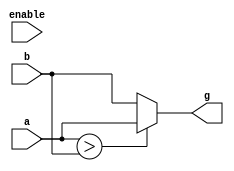
module LargestOfTwo(g,enable,a,b);
	input enable;
	input signed [2:0] a, b;
	output reg [2:0] g;
	always @(enable)
		g = largest(a,b);
		
		function [2:0] largest;
			input [2:0] a,b;
				begin
					if(a>b)
						largest=a;
					else
						largest=b;
				end
		endfunction
endmodule